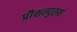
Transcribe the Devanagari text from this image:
प्रौक्षन्पुरुषं